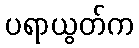
ပရာယွတ်က